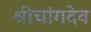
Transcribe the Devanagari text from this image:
श्रीचांगदेव